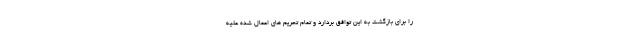
را برای بازگشت به این توافق بردارد و تمام تحریم های اعمال شده علیه